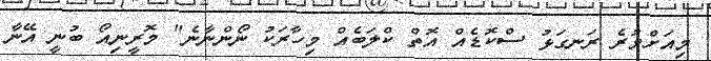
މިއަށްވުރެ ރަނގަޅު ސްކޮޑެއް އޮތް ކްލަބެއް މިހާރަކު ނޯންނާނެ" މޮރީނިއޯ ބުނީ އޭނާ